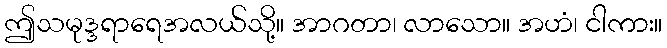
ဤသမုဒ္ဒရာရေအလယ်သို့။ အာဂတာ၊ လာသော။ အဟံ၊ ငါကား။